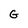
Character: G